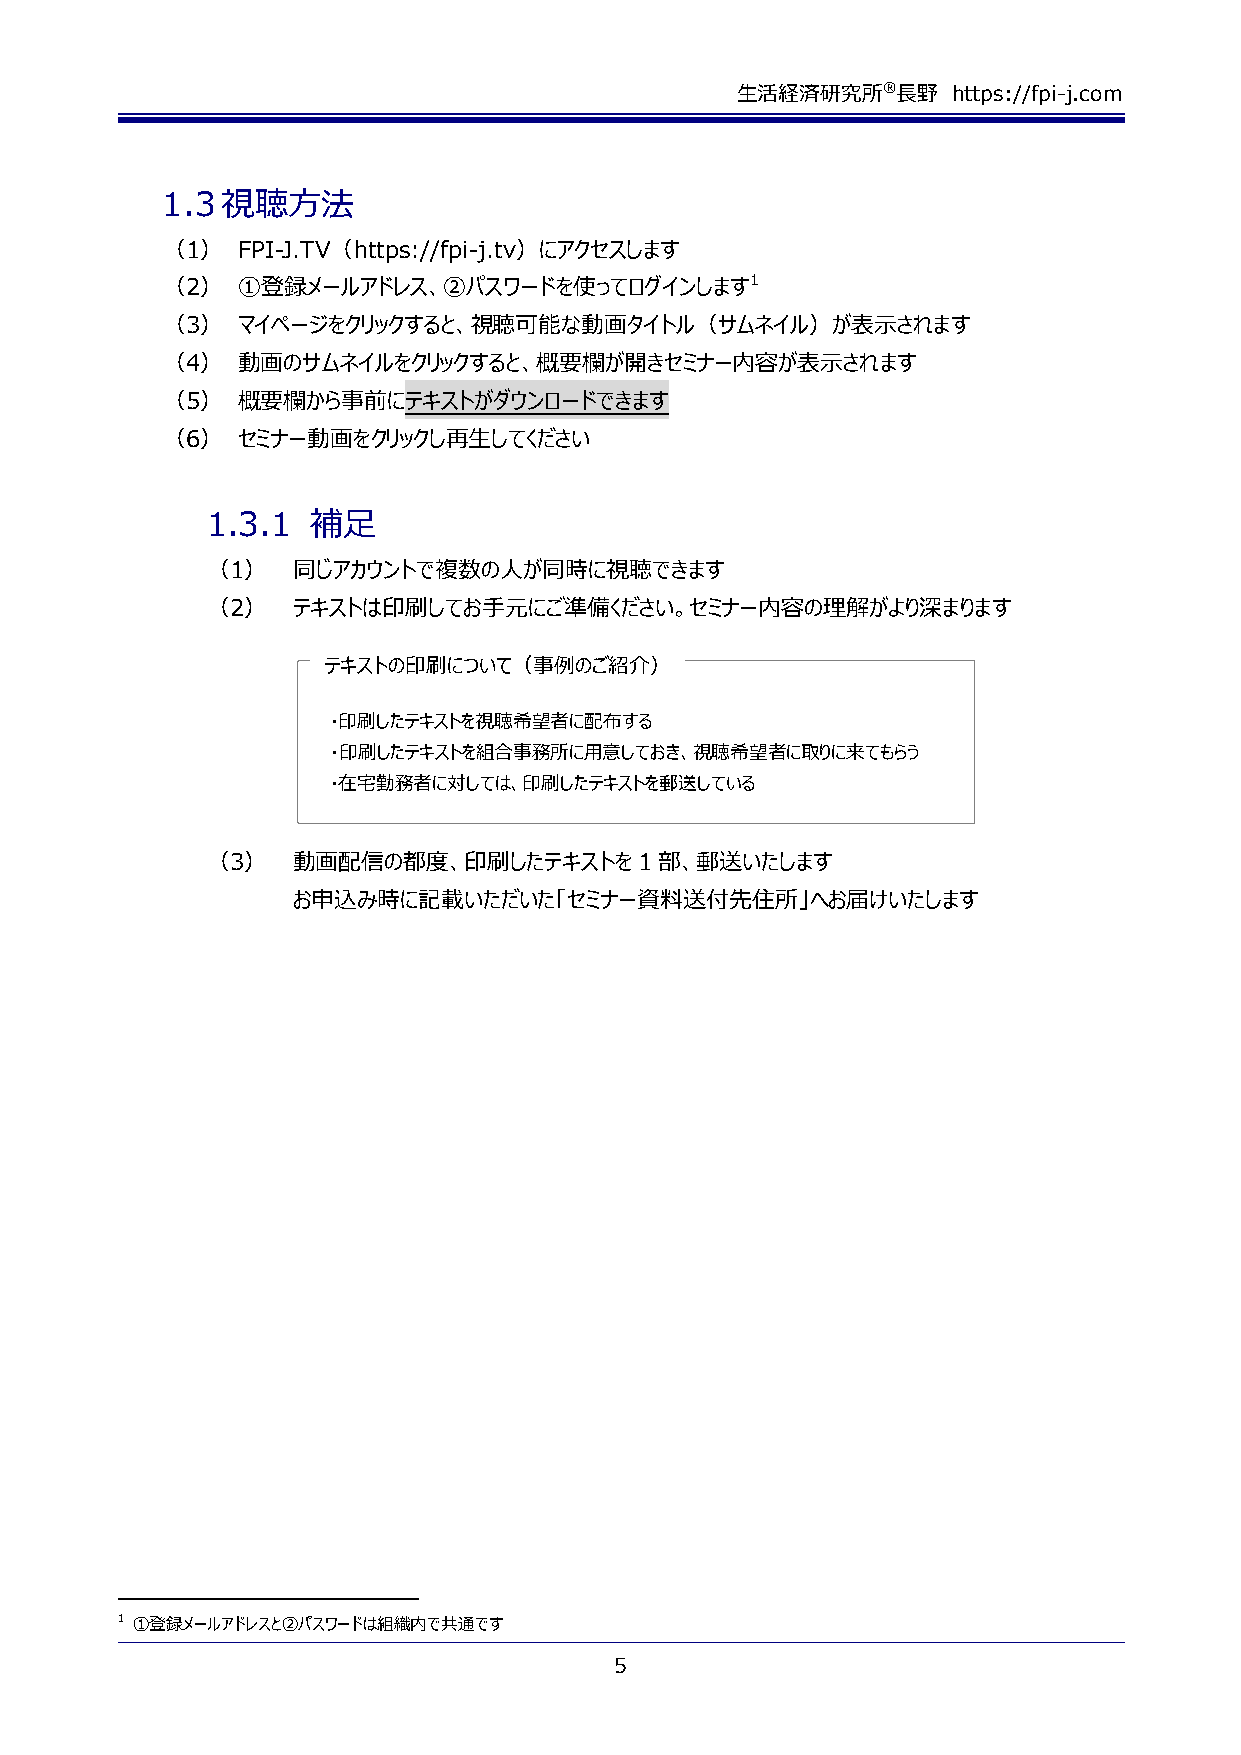
生活経済研究所®長野    https://fpi-j.com
 1.3 視聴方法
 （1）  FPI-J.TV（https://fpi-j.tv）にアクセスします
 （2）  ①登録メールアドレス、②パスワードを使ってログインします1
 （3）  マイページをクリックすると、視聴可能な動画タイトル（サムネイル）が表示されます
 （4）  動画のサムネイルをクリックすると、概要欄が開きセミナー内容が表示されます
 （5）  概要欄から事前にテキストがダウンロードできます
 （6）  セミナー動画をクリックし再生してください
 1.3.1  補足
 （1）  同じアカウントで複数の人が同時に視聴できます
 （2）  テキストは印刷してお手元にご準備ください。セミナー内容の理解がより深まります
 テキストの印刷について（事例のご紹介）
 ・印刷したテキストを視聴希望者に配布する
 ・印刷したテキストを組合事務所に用意しておき、視聴希望者に取りに来てもらう
 ・在宅勤務者に対しては、印刷したテキストを郵送している
 （3）  動画配信の都度、印刷したテキストを1部、郵送いたします
 お申込み時に記載いただいた「セミナー資料送付先住所」へお届けいたします
 1 ①登録メールアドレスと②パスワードは組織内で共通です
 5